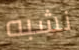
نشبه